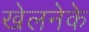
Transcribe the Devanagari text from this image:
खेलनेके